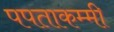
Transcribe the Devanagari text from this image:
पपताकम्मी